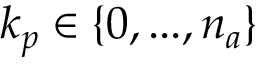
k _ { p } \in \{ 0 , . . . , n _ { a } \}